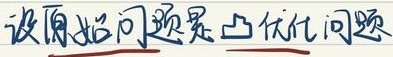
设原始问题是 凸优化问题